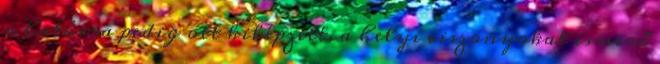
a határra pedig ott kiképzett, a helyi viszonyokat ismerő